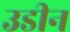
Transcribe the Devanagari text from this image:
उडीन